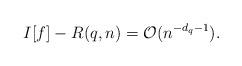
LaTeX: \begin{align*}I[f] - R(q,n) = \mathcal{O}(n^{-d_q-1}) .\end{align*}